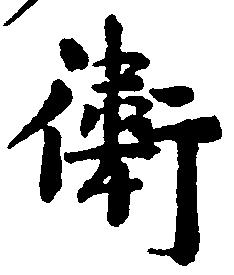
衛